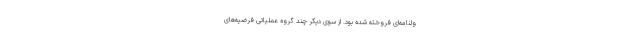
ولنامه‌ای فروخته شده بود. از سوی دیگر چند گروه عملیاتی فرضیه‌های